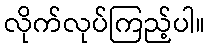
လိုက်လုပ်ကြည့်ပါ။